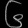
Digit: ၆